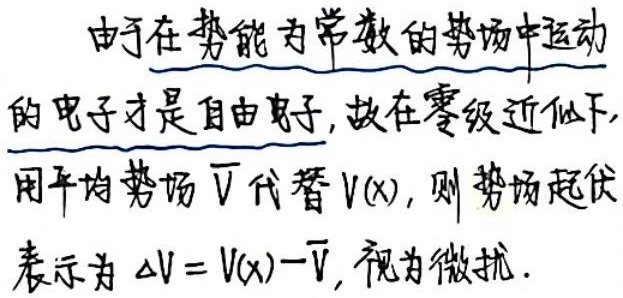
由于在势能为常数的势场中运动
的电子才是自由电子, 故在零级近似下,
用平均势场 $\overline{V}$ 代替 $V(x)$, 则势场起伏
表示为 $\Delta V = V(x) - \overline{V}$, 视为微扰.